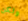
ولكن